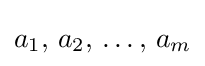
a_{1},\,a_{2},\,\ldots ,\,a_{m}